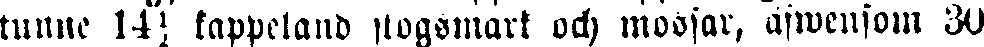
tunne 14½ kappeland skogsmark och mossar, äfwensom 30